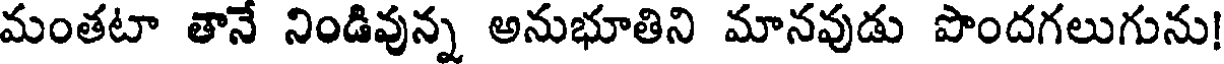
మంతటా తానే నిండివున్న అనుభూతిని మానవుడు పొందగలుగును